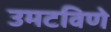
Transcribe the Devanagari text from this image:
उमटविणे